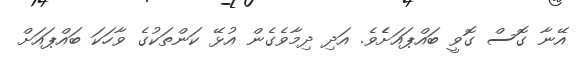
އޭނާ ގޮސް ގޮވީ ބައްޕައަށެެވެ. އަދި ދިމާވެގެން އުޅޭ ކަންތަކުގެ ވާހަކަ ބައްޕައަށް